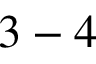
3 - 4